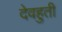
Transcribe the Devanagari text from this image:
देवहुती